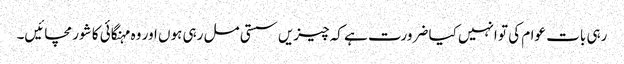
رہی بات عوام کی تو انہیں کیا ضرورت ہے کہ چیزیں سستی مل رہی ہوں اور وہ مہنگائی کا شور مچائیں۔